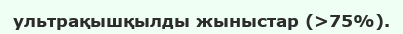
ультрақышқылды жыныстар (>75%).